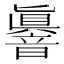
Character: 𮧼